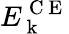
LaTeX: E_{\mathrm{~k~}}^{\mathrm{~C~E~}}